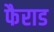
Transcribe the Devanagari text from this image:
फैराड